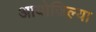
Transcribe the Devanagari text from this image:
आयोजिल्या